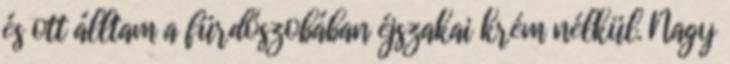
és ott álltam a fürdőszobában éjszakai krém nélkül. Nagy